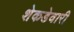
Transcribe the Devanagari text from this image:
शेकडेवारी